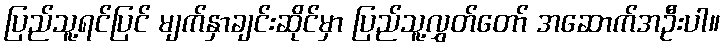
ပြည်သူ့ရင်ပြင် မျက်နှာချင်းဆိုင်မှာ ပြည်သူ့လွှတ်တော် အဆောက်အဦးပါ။